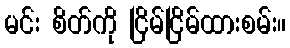
မင်း စိတ်ကို ငြိမ်ငြိမ်ထားစမ်း။